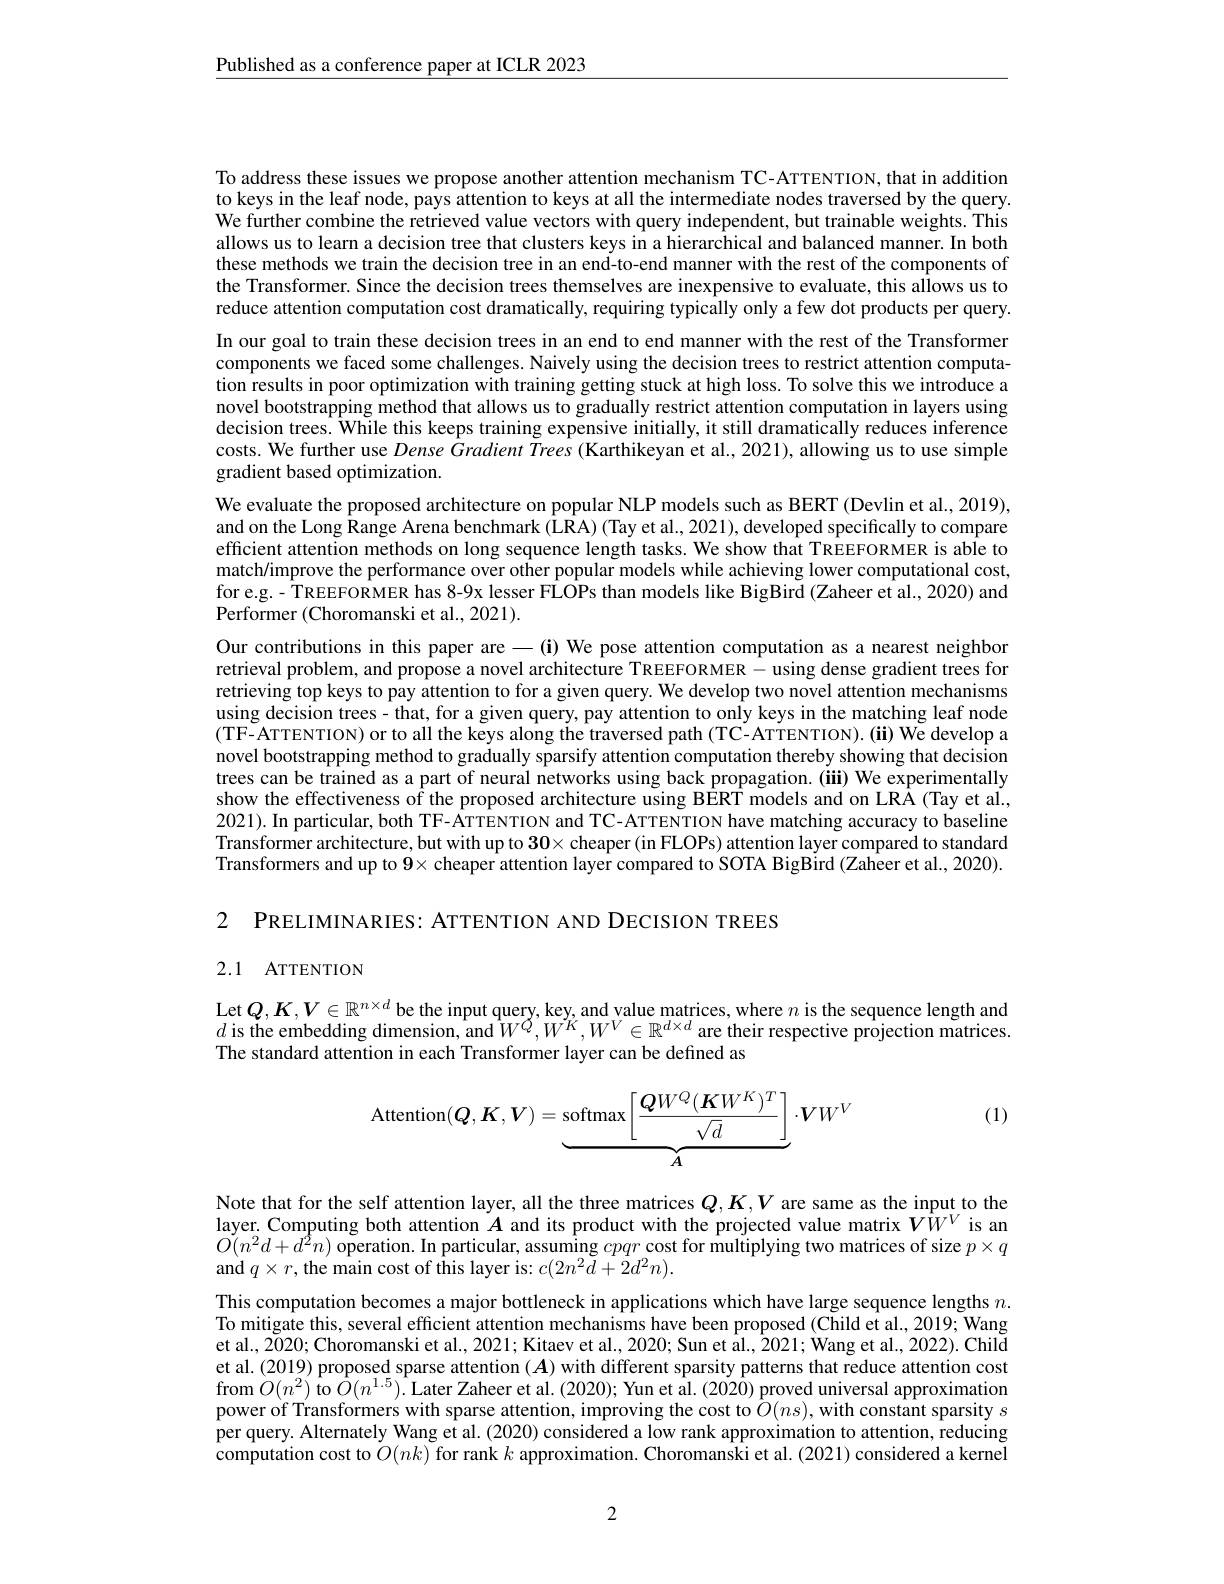
$\underline{\text{Published as a conference paper at ICLR 2023}}$

To address these issues we propose another attention mechanism TC-ATTENTION, that in addition to keys in the leaf node, pays attention to keys at all the intermediate nodes traversed by the query. We further combine the retrieved value vectors with query independent, but trainable weights. This allows us to learn a decision tree that clusters keys in a hierarchical and balanced manner. In both these methods we train the decision tree in an end-to-end manner with the rest of the components of the Transformer. Since the decision trees themselves are inexpensive to evaluate, this allows us to reduce attention computation cost dramatically, requiring typically only a few dot products per query. In our goal to train these decision trees in an end to end manner with the rest of the Transformer components we faced some challenges. Naively using the decision trees to restrict attention computation results in poor optimization with training getting stuck at high loss. To solve this we introduce a novel bootstrapping method that allows us to gradually restrict attention computation in layers using decision trees. While this keeps training expensive initially, it still dramatically reduces inference costs. We further use Dense Gradient Trees (Karthikeyan et al., 2021), allowing us to use simple gradient based optimization.
We evaluate the proposed architecture on popular NLP models such as BERT (Devlin et al., 2019), and on the Long Range Arena benchmark (LRA) (Tay et al., 2021), developed specifically to compare efficient attention methods on long sequence length tasks. We show that TREEFORMER is able to match/improve the performance over other popular models while achieving lower computational cost, for e.g. - TREEFORMER has 8-9x lesser FLOPs than models like BigBird (Zaheer et al., 2020) and ${\mathrm{Performer~(Choromanski~et~al.,~2021).}}$
Our contributions in this paper are $-(\mathbf{i})$ We pose attention computation as a nearest neighbor retrieval problem, and propose a novel architecture TREEFORMER - using dense gradient trees for retrieving top keys to pay attention to for a given query. We develop two novel attention mechanisms using decision trees- that, for a given query, pay attention to only keys in the matching leaf node (TF-ATTENTION) or to all the keys along the traversed path (TC-ATTENTION).(ii) We develop a novel bootstrapping method to gradually sparsify attention computation thereby showing that decision trees can be trained as a part of neural networks using back propagation. (iii) We experimentally show the effectiveness of the proposed architecture using BÊRT models and on LRÂ(Tay et al., 2021). In particular, both TF-ATTENTION and TC-ATTENTION have matching accuracy to baseline Transformer architecture, but with up to $30\times$cheaper (in FLOPs) attention layer compared to standard Transformers and up to $9\times$ cheaper attention layer compared to SOTA BigBird (Zaheer et al., 2020).

2 PRELIMINARIES: ATTENTION AND DECISION TREES

## 2.1 ATTENTION

Let$Q,K,V\in\mathbb{R}^{n\times d}$ be the input query, key, and value matrices, where $n$ is the sequence length and $d$ is the embedding dimension, and $W^Q,W^K,W^V\in\mathbb{R}^{d\times d}$ are their respective projection matrices. The standard attention in each Transformer layer can be defined as

(1)
$$\mathrm{Attention}(\boldsymbol{Q},\boldsymbol{K},\boldsymbol{V})=\underbrace{\mathrm{softmax}\left[\frac{\boldsymbol{Q}W^{Q}(\boldsymbol{K}W^{K})^{T}}{\sqrt{d}}\right]}_{\boldsymbol{A}}\cdot\boldsymbol{V}W^{V}$$
Note that for the self attention layer, all the three matrices $Q,K,V$ are same as the input to the layer. Computing both attention $A$ and its product with the projected value matrix $V\hat{W}^V$ is an $O(n^2d+d^2n)$ operation. In particular, assuming cpqr cost for multiplying two matrices of size $p\times q$ and $q\times r$,the main cost of this layer is: $c(2n^{2}\tilde{d}+2d^{2}n).$

This computation becomes a major bottleneck in applications which have large sequence lengths $n.$ To mitigate this, several efficient attention mechanisms have been proposed (Child et al., 2019; Wang et al., 2020; Choromanski et al., 2021; Kitaev et al., 2020; Sun et al., 2021; Wang et al., 2022). Child et al. (2019) proposed sparse attention $(A)$ with different sparsity patterns that reduce attention cost from $O(n^{2})$ to $O(n^{1.5}).$ Later Zaheer et al. (2020); Yun et al. (2020) proved universal approximation power of Transformers with sparse attention, improving the cost to $\hat{O} ( ns) $,with constant sparsity $s$ per query. Alternately Wang et al. (2020) considered a low rank approximation to attention, reducing computation cost to $O(nk)$ for rank $k$ approximation. Choromanski et al. (2021) considered a kernel

2